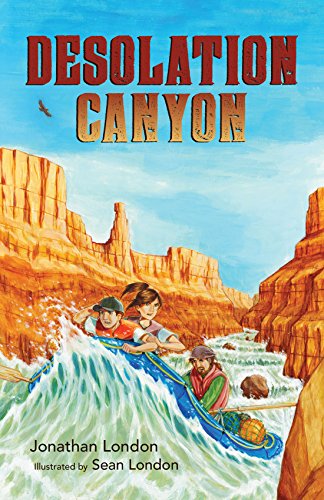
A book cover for Desolation Canyon; Jonathan London; Children's Books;